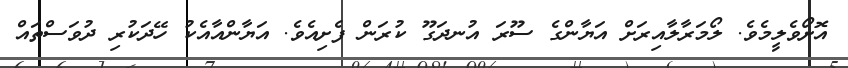
އޮށޯވެލީމެވެ. ލޯމަރާލާއިރަށް އަޔާންގެ ސޫރަ އުނދަގޫ ކުރަން ފެށިއެވެ. އަޔާންއާއެކު ހޭދަކުރި ދުވަސްތައް